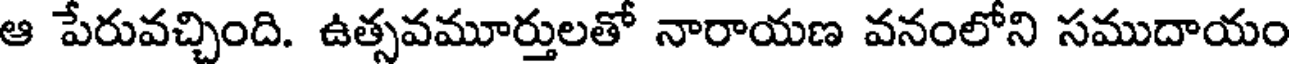
ఆ పేరువచ్చింది. ఉత్సవమూర్తులతో నారాయణ వనంలోని సముదాయం